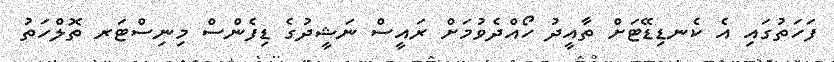
ފަހަތުގައި އެ ކެނޑިޑޭޓަށް ތާއީދު ހޯއްދެވުމަށް ރައީސް ނަޝީދުގެ ޑިފެންސް މިނިސްޓަރ ތޮލްހަތު